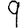
Digit: 9